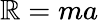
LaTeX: \mathbb{R}=ma